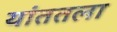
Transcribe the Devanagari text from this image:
यांततला